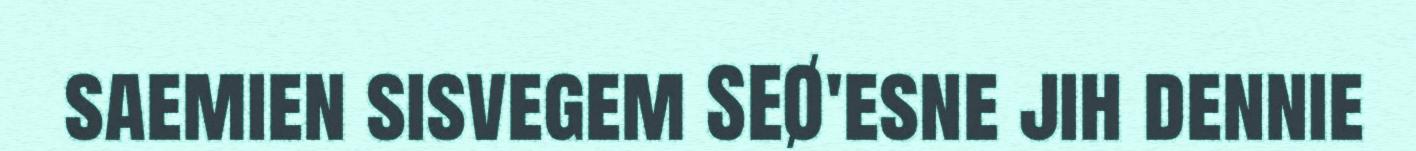
saemien sisvegem SEØ'esne jih dennie